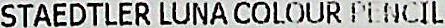
STAEDTLER LUNA COLOUR PENCIL